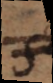
s